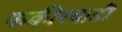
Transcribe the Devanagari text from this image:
फकीरवाडी